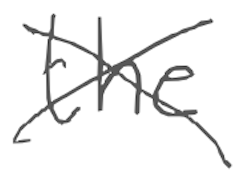
Text: the
Cross-out: cross
Writing tool: digital_gray